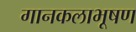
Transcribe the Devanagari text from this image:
गानकलाभूषण